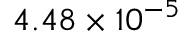
4 . 4 8 \times 1 0 ^ { - 5 }